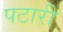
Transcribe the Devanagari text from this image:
पटारी